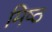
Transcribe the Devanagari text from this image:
मिष्ठ